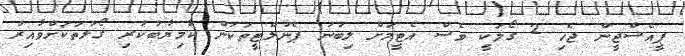
ޕީއެސްޖީން ޖެހި 2 ގޯލަކީ ވެސް އެޓީމަށް ލިބުނު ޕެނަލްޓީތަކުން ކާމިޔާބުކުރި ގޯލުތަކަށްވާއިރު